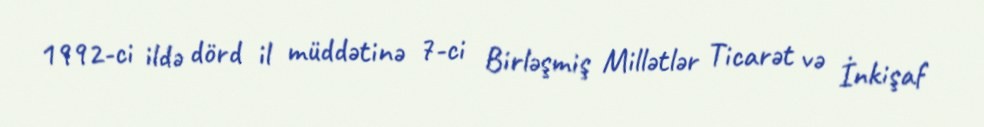
1992-ci ildə dörd il müddətinə 7-ci Birləşmiş Millətlər Ticarət və İnkişaf